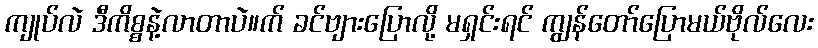
ကျုပ်လဲ ဒီကိစ္စနဲ့လာတာပဲ။က် ခင်ဗျားပြောလို့ မရှင်းရင် ကျွန်တော်ပြောမယ်ဗိုလ်လေး